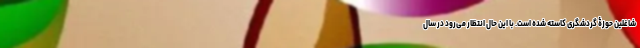
شاغلین حوزۀ گردشگری کاسته شده است‌. با این حال انتظار می‌رود در سال